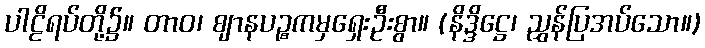
ပါဠိရပ်တို့၌။ တာဝ၊ ဈာနပဉ္စကမှရှေးဦးစွာ။ (နိဒ္ဒိဋ္ဌေ၊ ညွှန်ပြအပ်သော။)